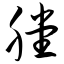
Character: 膛